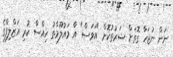
ނަން ނުޖަހާ ގޮތަށް ޝަރުތުކޮށް "އަވަސް" އާ މައުލޫމާތު ހިއްސާ ކުރި އަޒްލިފްގެ